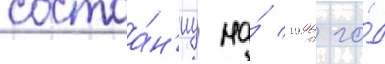
состоа́н'иу на́ 1996 го́д